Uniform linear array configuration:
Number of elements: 4
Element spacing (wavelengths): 0.5
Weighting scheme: blackman
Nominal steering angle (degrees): -45
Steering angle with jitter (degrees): -46.051
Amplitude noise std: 0.05
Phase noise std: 0.05

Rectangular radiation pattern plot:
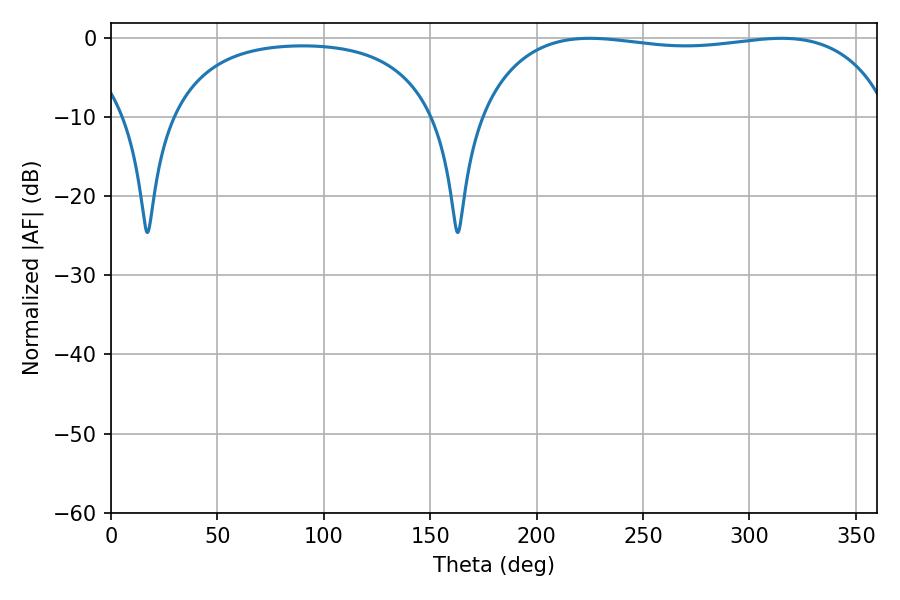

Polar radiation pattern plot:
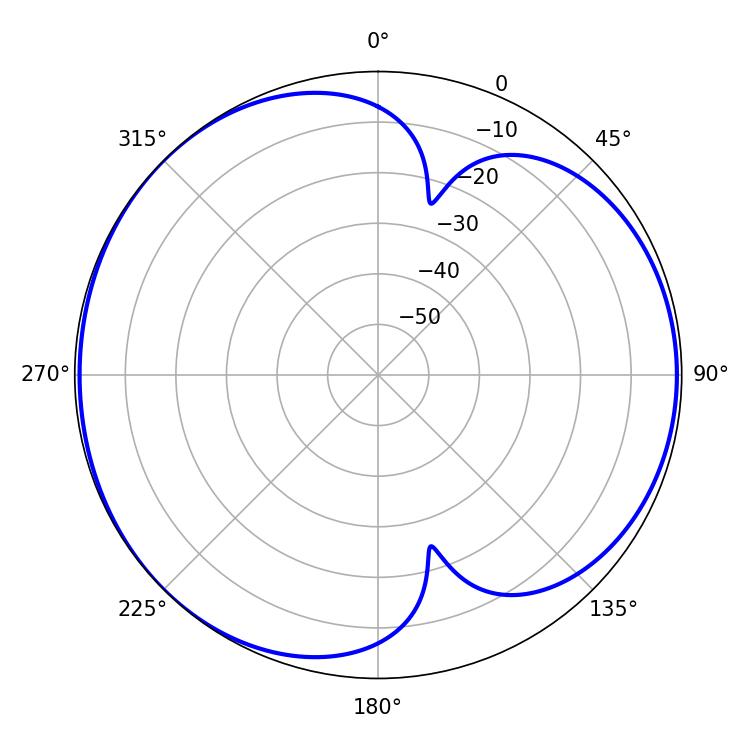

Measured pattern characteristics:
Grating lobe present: FALSE
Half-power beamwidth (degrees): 156.24
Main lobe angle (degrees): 225